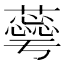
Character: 𮒦